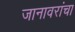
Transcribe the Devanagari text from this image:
जानावरांचा